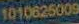
1010626009